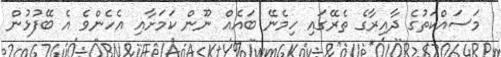
މަސައްކަތުގެ ދާއިރާގެ ތެރޭގައި ހިމެނޭ ބައެއް ނޫން ކަމަށާއި އެހެންވެ އެ ބޭފުޅުން